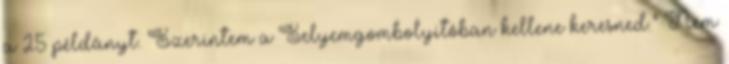
a 25 példányt. Szerintem a Selyem­gom­bo­lyítóban kellene ke­res­ned.” Nem